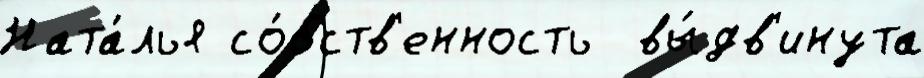
Ната́лья со́бств'енность  вы́дв'инута